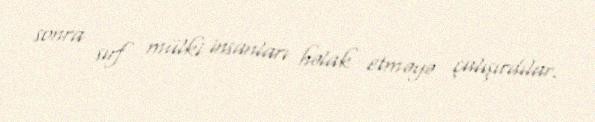
sonra sırf mülki insanları həlak etməyə çalışırdılar.